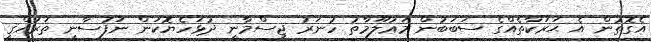
އެގޮތުން އެ ޙަރަކާތެއްގެ ސަބަބުން މަޢުލޫމާތު ހުނަރު ޖިސްމާނީ ދުޅަހެޔޮކަން ނަފުސާނީ ތަރައްޤީ